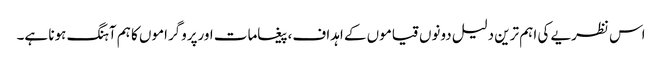
اس نظریے کی اہم ترین دلیل دونوں قیاموں کے اہداف،پیغامات اورپروگراموں کا ہم آہنگ ہونا ہے۔